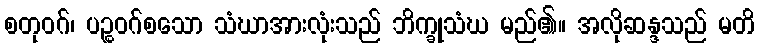
စတုဝဂ်၊ ပဉ္စဝဂ်စသော သံဃာအားလုံးသည် ဘိက္ခုသံဃ မည်၏။ အလိုဆန္ဒသည် မတိ